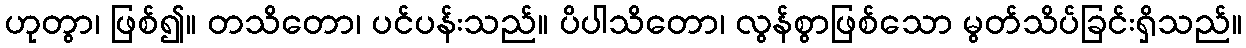
ဟုတွာ၊ ဖြစ်၍။ တသိတော၊ ပင်ပန်းသည်။ ပိပါသိတော၊ လွန်စွာဖြစ်သော မွတ်သိပ်ခြင်းရှိသည်။